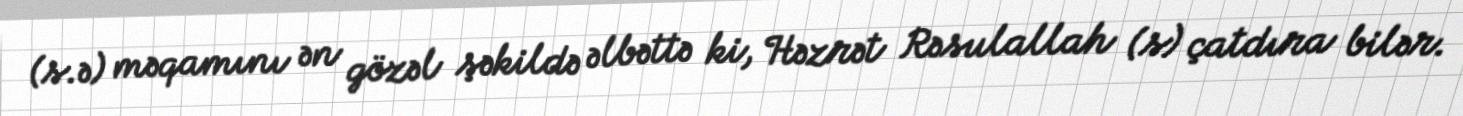
(s.ə) məqamını ən gözəl şəkildə əlbəttə ki, Həzrət Rəsulallah (s) çatdıra bilər.